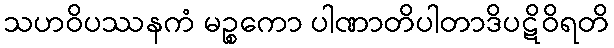
သဟဝိပဿနကံ မဉ္စကော ပါဏာတိပါတာဒိပဋိဝိရတိ